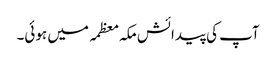
آپ کی پیدائش مکہ معظمہ میں ہوئی۔